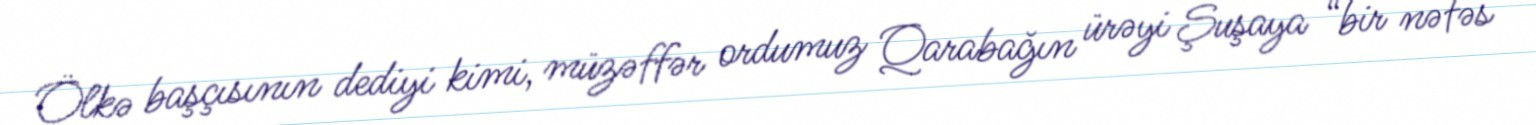
Ölkə başçısının dediyi kimi, müzəffər ordumuz Qarabağın ürəyi Şuşaya “bir nəfəs